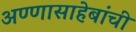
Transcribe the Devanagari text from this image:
अण्णासाहेबांची